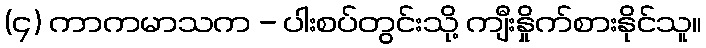
(၄) ကာကမာသက - ပါးစပ်တွင်းသို့ ကျီးနှိုက်စားနိုင်သူ။